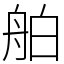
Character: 舶